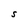
Character: S